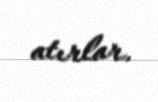
atırlar.